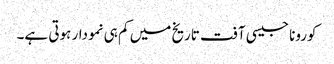
کورونا جیسی آفت تاریخ میں کم ہی نمودار ہوتی ہے۔